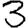
Digit: 3